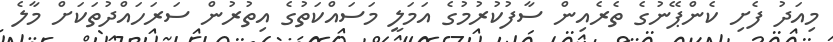
މިއަދު ފެށި ކެންޕޭނުގެ ތެރެއިން ސާފުކުރުމުގެ އަމަލީ މަސައްކަތުގެ އިތުރުން ސަރަހައްދުތަކަށް މާލެ